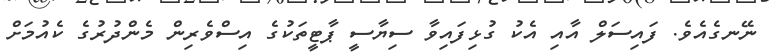
ނޭނގެއެވެ. ފައިސަލް އާއި އެކު ގުޅިފައިވާ ސިޔާސީ ޕާޓީތަކުގެ އިސްވެރިން މެންދުރުގެ ކެއުމަށް